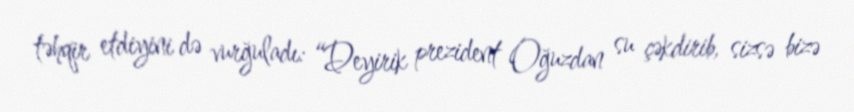
təhqir etdiyini də vurğuladı: “Deyirik prezident Oğuzdan su çəkdirib, sizsə bizə